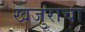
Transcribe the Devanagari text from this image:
खजुराचा